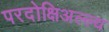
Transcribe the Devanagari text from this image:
परदोक्षिअल्ल्य